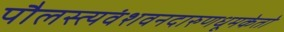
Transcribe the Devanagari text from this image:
पौलस्त्यवंशवनदारुणधूमकेतो